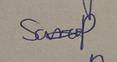
Signature authenticity: genuine